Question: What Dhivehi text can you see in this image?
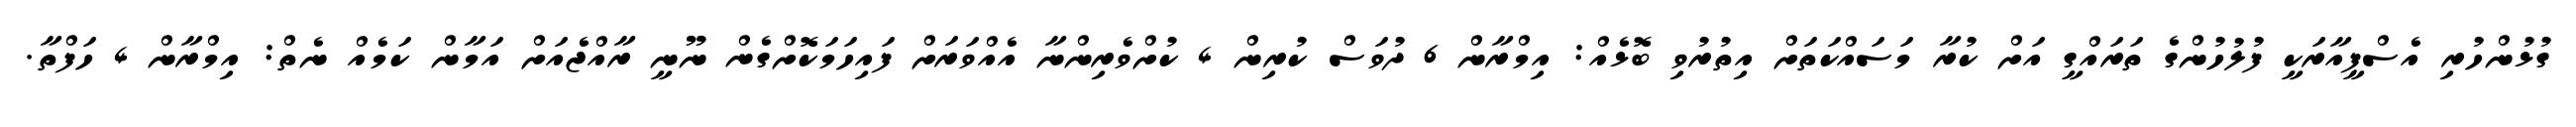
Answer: ގުޅުންހުރި އެސްޕީއާރަކީ ފުލުހުންގެ ތަރައްގީ އަށް ކުރާ މަސައްކަތަށް އިތުރުވި ބޮޅެއް: އިމްރާން 6 ދުވަސް ކުރިން 4 ކުށްވެރިންނާ އެއްވަރަށް ފައިހަމަކޮށްގެން ނޫނީ ރާއްޖެއަށް އަމާން ކަމެއް ނެތް: އިމްރާން 4 ހަފްތާ.